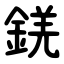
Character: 錓